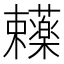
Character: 𬟥